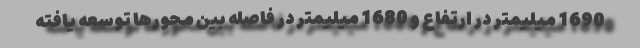
1690 میلیمتر در ارتفاع و 1680 میلیمتر در فاصله بین محورها توسعه یافته